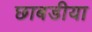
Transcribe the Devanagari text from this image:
छाबडीया